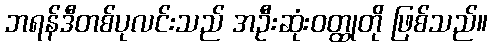
ဘရန်ဒီတစ်ပုလင်းသည် အဦးဆုံးဝတ္ထုတို ဖြစ်သည်။